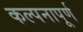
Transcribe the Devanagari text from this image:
कल्‍पनापूर्ण